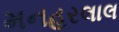
મનહરલાલ